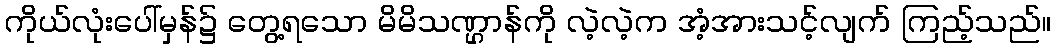
ကိုယ်လုံးပေါ်မှန်၌ တွေ့ရသော မိမိသဏ္ဌာန်ကို လဲ့လဲ့က အံ့အားသင့်လျက် ကြည့်သည်။